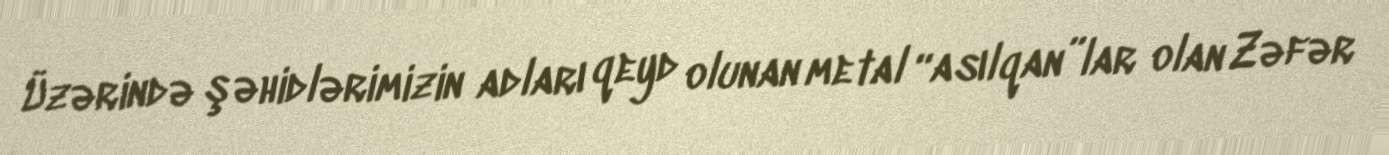
Üzərində şəhidlərimizin adları qeyd olunan metal “asılqan”lar olan Zəfər